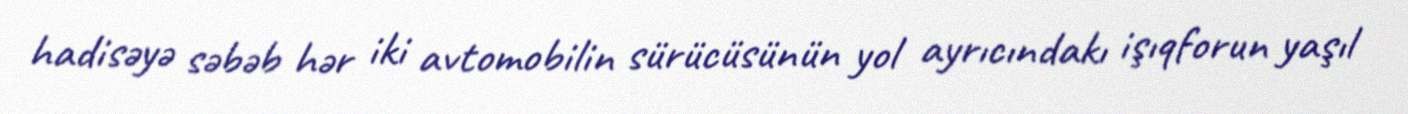
hadisəyə səbəb hər iki avtomobilin sürücüsünün yol ayrıcındakı işıqforun yaşıl